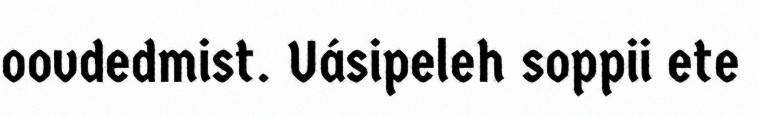
oovdedmist. Uásipeleh soppii ete